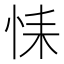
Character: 𢙩